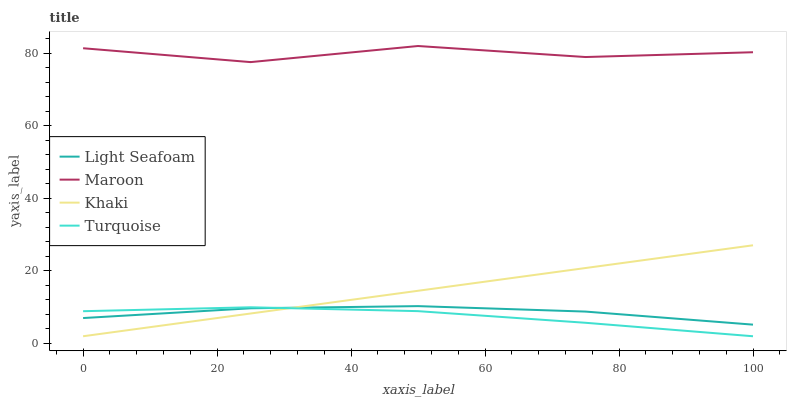
| xaxis_label | Light Seafoam | Maroon | Khaki | Turquoise |
 | --- | --- | --- | --- | --- |
 | 0 | 7.02 | 81.4 | 2 | 8.9 |
 | 25 | 9.71 | 77.6 | 8.27 | 9.98 |
 | 50 | 10.3 | 82 | 14.5 | 8.92 |
 | 75 | 8.8 | 79 | 20.8 | 5.71 |
 | 100 | 5.2 | 80.3 | 27.1 | 2 |